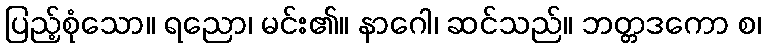
ပြည့်စုံသော။ ရညော၊ မင်း၏။ နာဂေါ၊ ဆင်သည်။ ဘတ္တဒကော စ၊